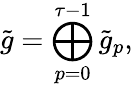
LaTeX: \tilde{g}=\bigoplus_{p=0}^{\tau-1}\tilde{g}_{p},